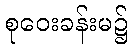
စုဝေးခန်းမ၌